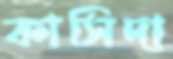
কাসিদা